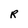
Character: R